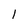
Character: l